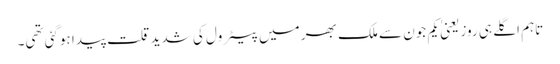
تاہم اگلے ہی روز یعنیٰ یکم جون سے ملک بھر میں پیٹرول کی شدید قلت پیدا ہوگئی تھی۔